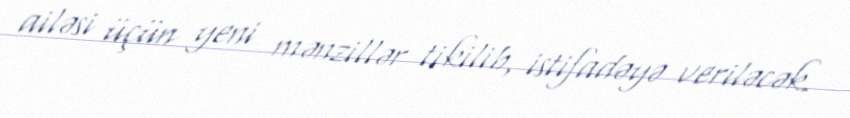
ailəsi üçün yeni mənzillər tikilib, istifadəyə veriləcək.